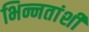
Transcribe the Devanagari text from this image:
भिन्नतांशी